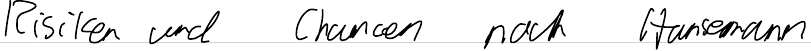
Risiken und Chancen nach Hansemann